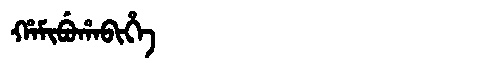
Manchu: ᡥᠠᠮᡳᠪᡠᡥᠠᠪᡳᡥᡝ
Romanization: HAMIBUHABIHE